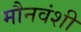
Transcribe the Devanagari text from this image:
मौनवंशी